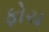
ફોચ